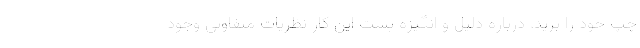
چپ خود را برید. درباره دلیل و انگیزه پشت این کار نظریات متفاوتی وجود